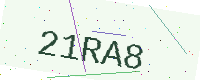
Text: 21RA8